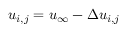
u _ { i , j } = u _ { \infty } - \Delta u _ { i , j }